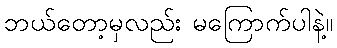
ဘယ်တော့မှလည်း မကြောက်ပါနဲ့။